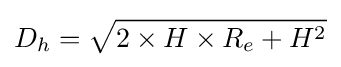
D_{h}={\sqrt {2\times H\times R_{e}+H^{2}}}